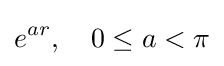
e^{ar},\quad 0\leq a<\pi